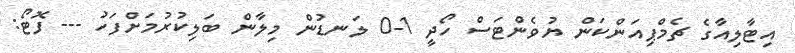
އިޓާލިއާގެ ޗެމްޕިއަންކަން ޔުވެންޓަސް ހޯދީ 1-0 ލަނޑުން މިލާން ބަލިކުރުމަށްފަހު --- ފޮޓޯ: